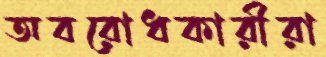
অবরোধকারীরা